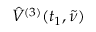
\hat { V } ^ { ( 3 ) } ( t _ { 1 } , \tilde { \nu } )